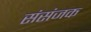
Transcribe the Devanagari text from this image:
संसंजक